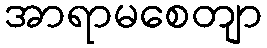
အာရာမစေတျာ